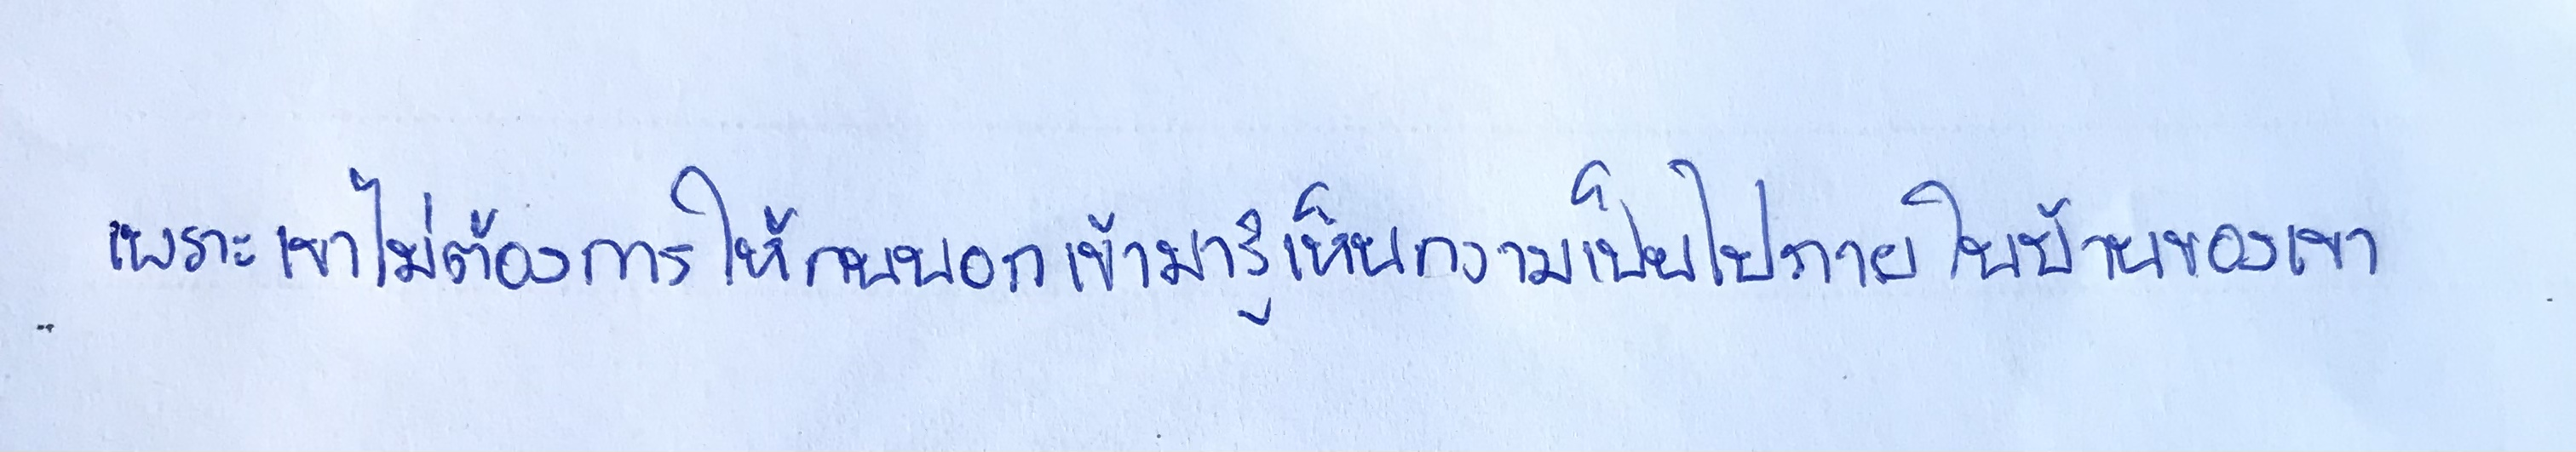
เพราะเขาไม่ต้องการให้คนนอกเข้ามารู้เห็นความเป็นไปภายในบ้านของเขา